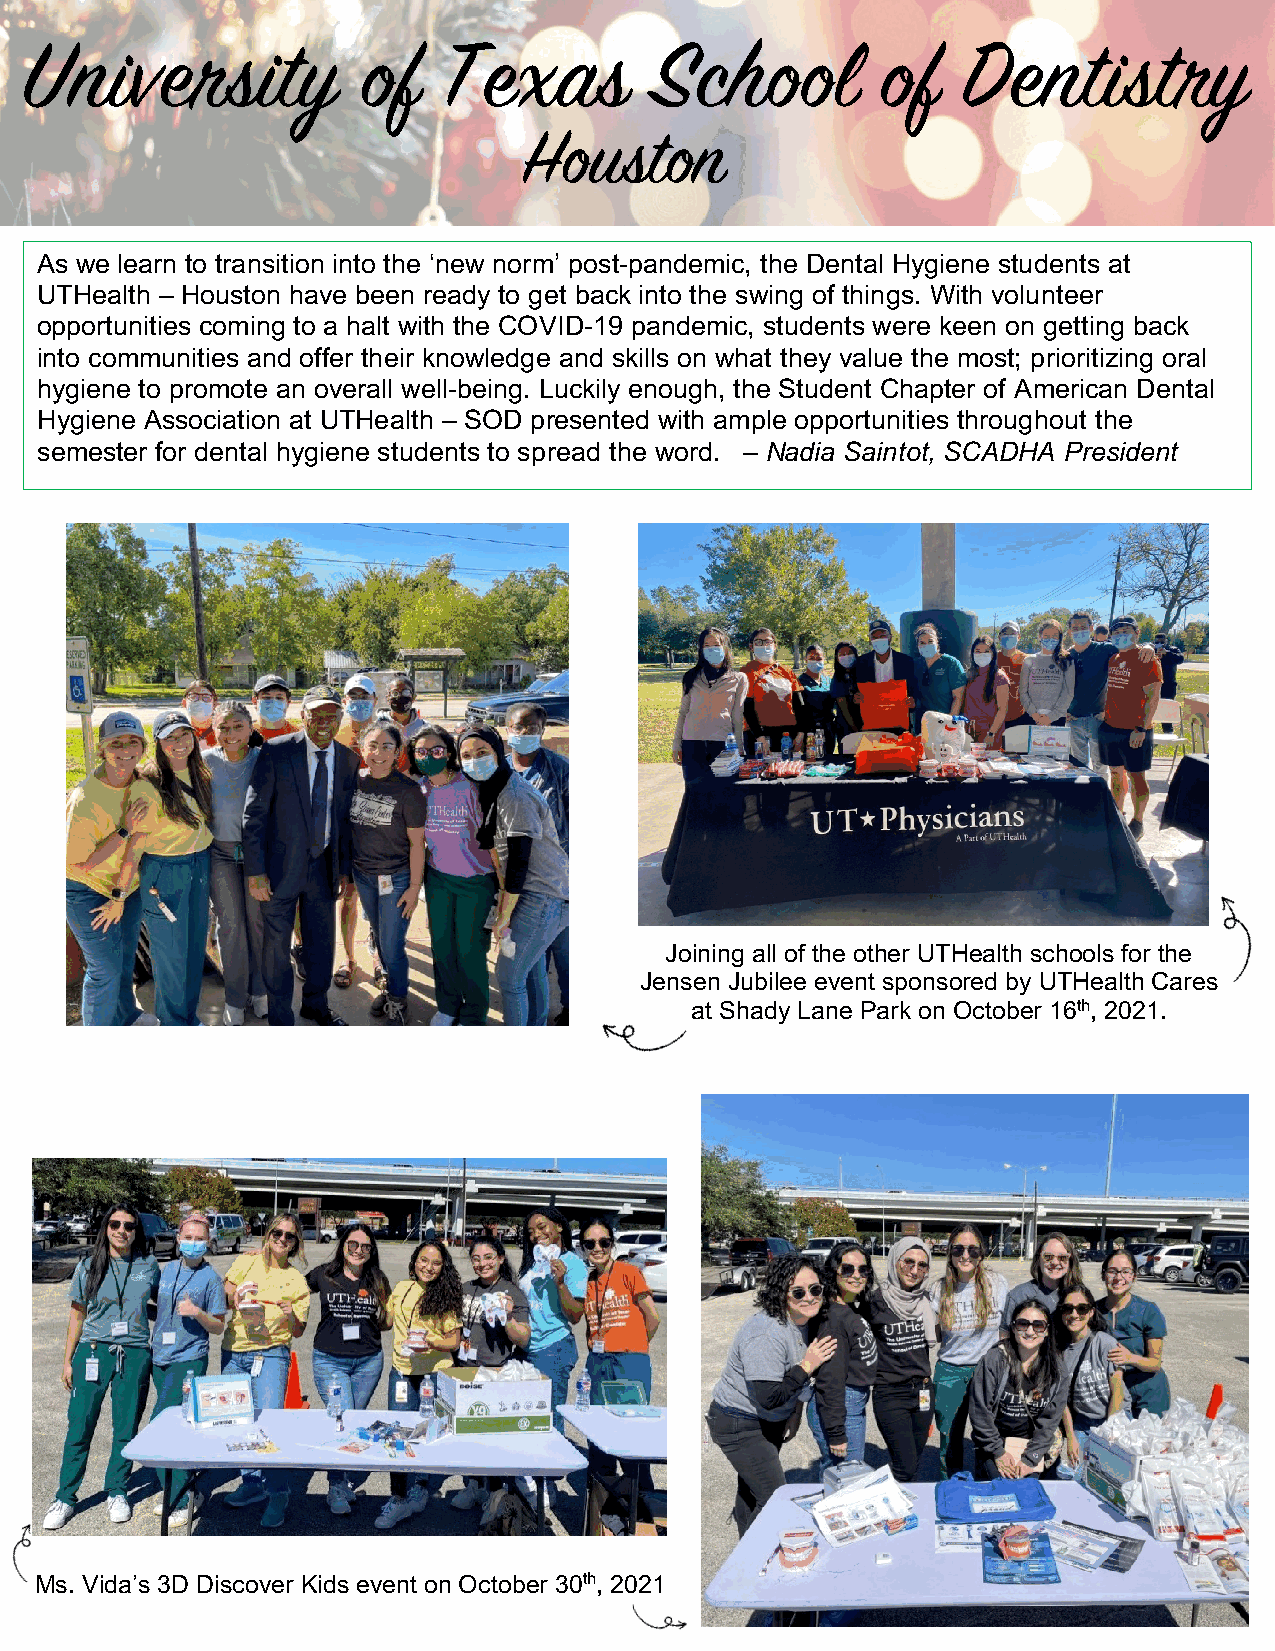
University            of   Texas         School         of    Dentistry
 Houston
 As we learn to transition into the ‘new norm’ post-pandemic, the Dental Hygiene students at
 UTHealth – Houston have been ready to get back into the swing of things. With volunteer
 opportunities coming to a halt with the COVID-19 pandemic, students were keen on getting back
 into communities and offer their knowledge and skills on what they value the most; prioritizing oral
 hygiene to promote an overall well-being. Luckily enough, the Student Chapter of American Dental
 Hygiene A ssociation at UTHealth – SOD presented with ample opportunities throughout the
 semester for dental hygiene students to spread the word. – Nadia Saintot, SCADHA President
 Joining all of the other UTHealth schools for the
 Jensen Jubilee event sponsored by UTHealth Cares
 at Shady Lane Park on October 16th, 2021.
 Ms. Vida’s 3D Discover Kids event on October 30th, 2021